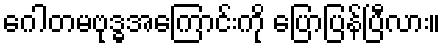
ဂေါတမဗုဒ္ဓအကြောင်းကို ပြောပြန်ပြီလား။